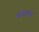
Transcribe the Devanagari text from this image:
वाल्यांपुढे